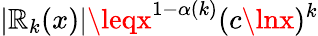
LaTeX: |\mathbb{R}_{k}(x)|\leqx^{1-\alpha(k)}(c\lnx)^{k}